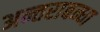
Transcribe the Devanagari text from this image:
अन्तराबन्धा